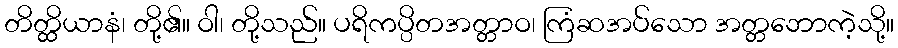
တိတ္ထိယာနံ၊ တို့၏။ ဝါ၊ တို့သည်။ ပရိကပ္ပိတအတ္တာဝ၊ ကြံဆအပ်သော အတ္တဘောကဲ့သို့။